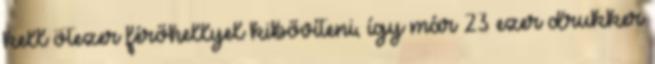
kell ötezer férőhellyel kibővíteni, így már 23 ezer drukker